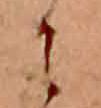
に